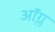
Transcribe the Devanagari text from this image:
ऑंग्ल